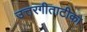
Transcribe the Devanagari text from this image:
उत्तरगीताटीका